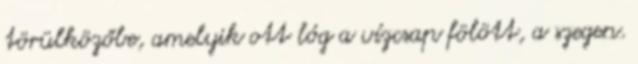
törülközőbe, amelyik ott lóg a vízcsap fölött, a szegen.